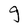
Character: g